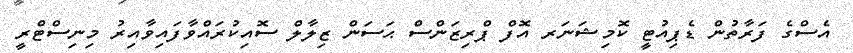
އެސްގެ ފަރާތުން ޑެޕިއުޓީ ކޮމިޝަނަރ އޮފް ޕްރިޒަންސް ޙަސަން ޒިލާލް ސޮއިކުރައްވާފައިވާއިރު މިނިސްޓްރީ